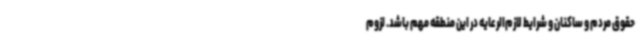
حقوق مردم و ساکنان و شرایط لازم‌الرعایه در این منطقه مهم باشد. لزوم